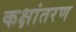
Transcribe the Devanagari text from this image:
कक्षांतरण